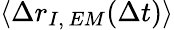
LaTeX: \langle\Delta r_{I,\, EM}(\Delta t)\rangle